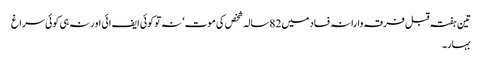
تین ہفتہ قبل فرقہ وارانہ فساد میں 82سالہ شخص کی موت‘ نہ تو کوئی ایف ائی او رنہ ہی کوئی سراغ
بہار۔